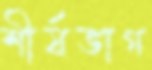
শীর্ষভাগ